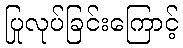
ပြုလုပ်ခြင်းကြောင့်